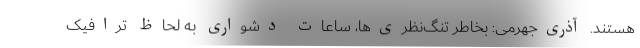
هستند. آذری‌جهرمی: بخاطر تنگ‌نظری‌ها، ساعات دشواری به لحاظ ترافیک